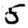
Digit: 5